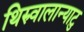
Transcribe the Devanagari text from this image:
थिरुवालान्याटु